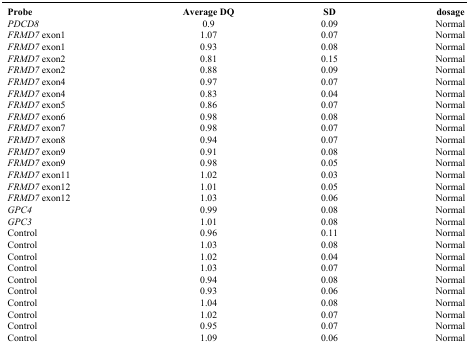
| Probe | Average DQ | SD | dosage |
 | --- | --- | --- | --- |
 | PDCD8 | 0.9 | 0.09 | Normal |
 | FRMD7 exon1 | 1.07 | 0.07 | Normal |
 | FRMD7 exon1 | 0.93 | 0.08 | Normal |
 | FRMD7 exon2 | 0.81 | 0.15 | Normal |
 | FRMD7 exon2 | 0.88 | 0.09 | Normal |
 | FRMD7 exon4 | 0.97 | 0.07 | Normal |
 | FRMD7 exon4 | 0.83 | 0.04 | Normal |
 | FRMD7 exon5 | 0.86 | 0.07 | Normal |
 | FRMD7 exon6 | 0.98 | 0.08 | Normal |
 | FRMD7 exon7 | 0.98 | 0.07 | Normal |
 | FRMD7 exon8 | 0.94 | 0.07 | Normal |
 | FRMD7 exon9 | 0.91 | 0.08 | Normal |
 | FRMD7 exon9 | 0.98 | 0.05 | Normal |
 | FRMD7 exon11 | 1.02 | 0.03 | Normal |
 | FRMD7 exon12 | 1.01 | 0.05 | Normal |
 | FRMD7 exon12 | 1.03 | 0.06 | Normal |
 | GPC4 | 0.99 | 0.08 | Normal |
 | GPC3 | 1.01 | 0.08 | Normal |
 | Control | 0.96 | 0.11 | Normal |
 | Control | 1.03 | 0.08 | Normal |
 | Control | 1.02 | 0.04 | Normal |
 | Control | 1.03 | 0.07 | Normal |
 | Control | 0.94 | 0.08 | Normal |
 | Control | 0.93 | 0.06 | Normal |
 | Control | 1.04 | 0.08 | Normal |
 | Control | 1.02 | 0.07 | Normal |
 | Control | 0.95 | 0.07 | Normal |
 | Control | 1.09 | 0.06 | Normal |